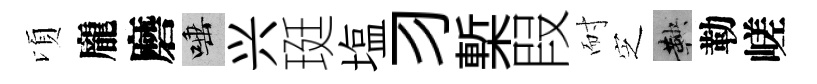
頃龐磨唾兴珽塩习槧叚耐㝎鞅勒嵯